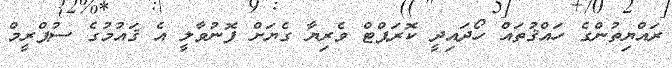
ރައްޔިތުންގެ ހައްޤުތައް ހޯދައިދީ ކޮރަޕްޓް ވެރިޔާ ގެޔަށް ފޮނުވާލީ އެ ޤައުމުުގެ ސުޕްރީމް